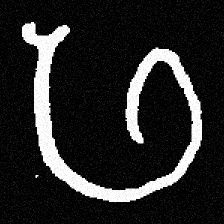
Pyu character \u2014 Myanmar letter: ဖ (romanized: pha)